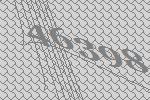
46398